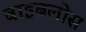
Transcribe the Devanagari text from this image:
बाइबलोस